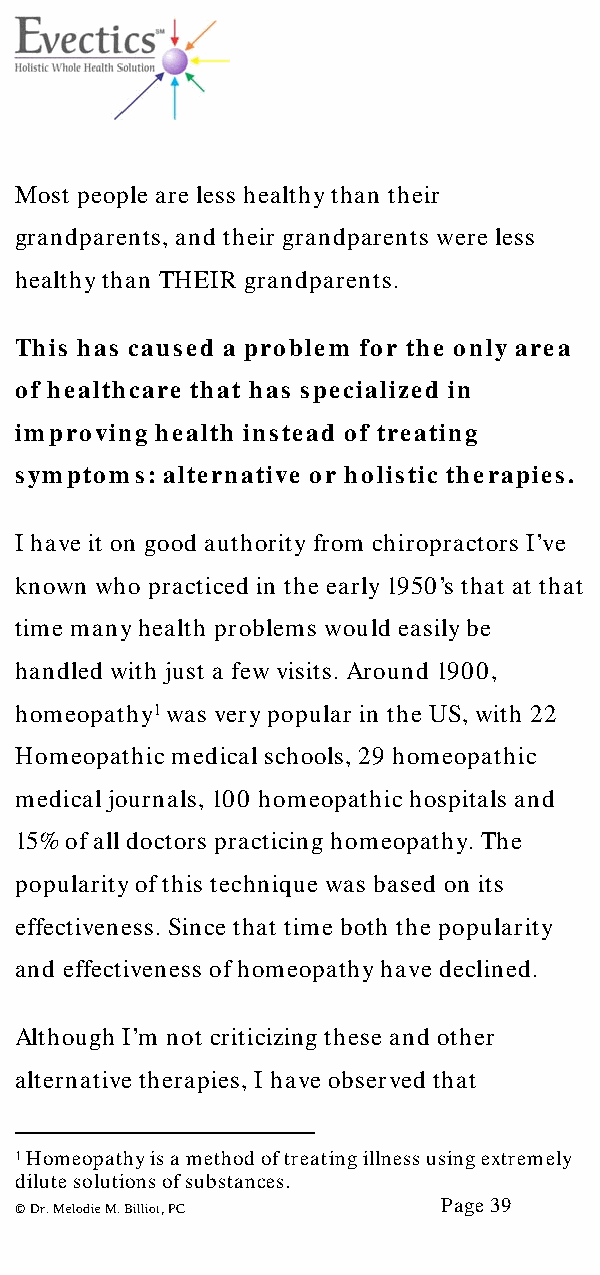
Most people are less healthy than their
 grandparents, and their grandparents were less
 healthy than THEIR grandparents.
 This has caused a problem for the only area
 of healthcare that has specialized in
 improving health instead of treating
 symptoms: alternative or holistic therapies.
 I have it on good authority from chiropractors I’ve
 known who practiced in the early 1950’s that at that
 time many health problems would easily be
 handled with just a few visits. Around 1900,
 homeopathy1 was very popular in the US, with 22
 Homeopathic medical schools, 29 homeopathic
 medical journals, 100 homeopathic hospitals and
 15% of all doctors practicing homeopathy. The
 popularity of this technique was based on its
 effectiveness. Since that time both the popularity
 and effectiveness of homeopathy have declined.
 Although I’m not criticizing these and other
 alternative therapies, I have observed that
 1 Homeopathy is a method of treating illness using extremely
 dilute solutions of substances.
 Page 39
 © Dr. Melodie M. Billiot, PC